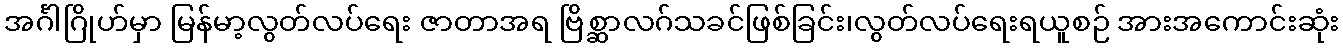
အင်္ဂါဂြိုဟ်မှာ မြန်မာ့လွတ်လပ်ရေး ဇာတာအရ ဗြိစ္ဆာလဂ်သခင်ဖြစ်ခြင်း၊လွတ်လပ်ရေးရယူစဉ် အားအကောင်းဆုံး